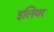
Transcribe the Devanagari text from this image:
इलियर